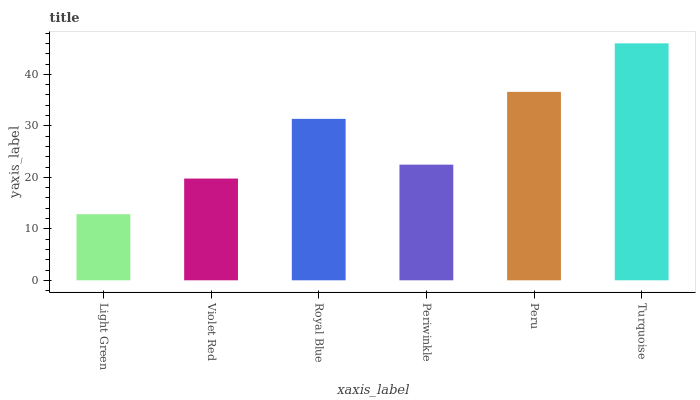
| xaxis_label | bars |
 | --- | --- |
 | Light Green | 12.8 |
 | Violet Red | 19.8 |
 | Royal Blue | 31.4 |
 | Periwinkle | 22.5 |
 | Peru | 36.6 |
 | Turquoise | 46 |